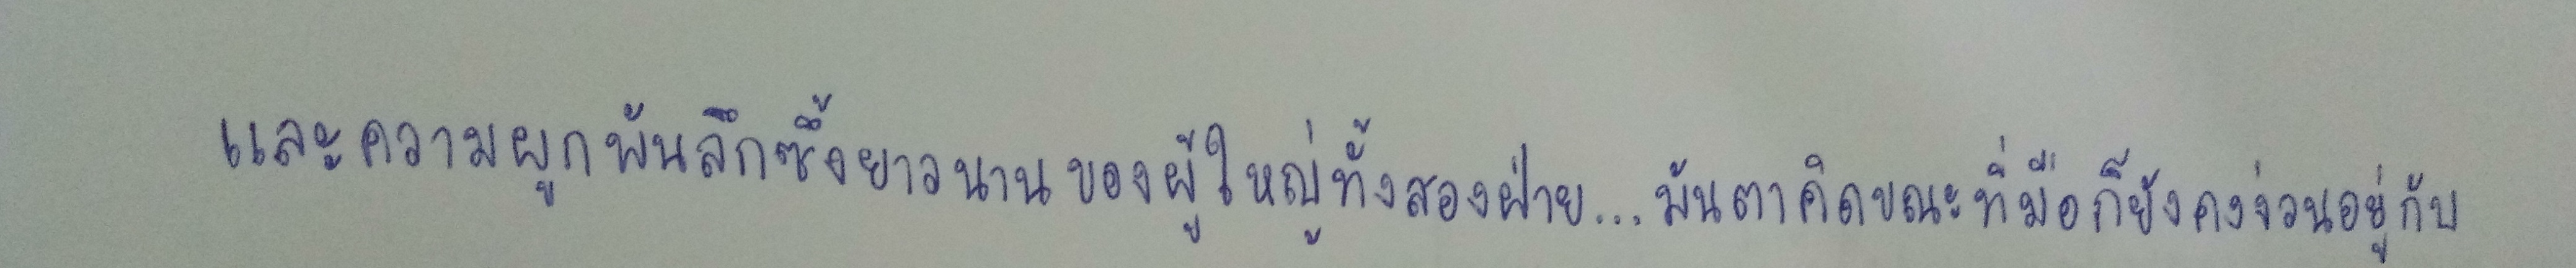
และความผูกพันลึกซึ้งยาวนานของผู้ใหญ่ทั้งสองฝ่าย...มันตาคิดขณะที่มือก็ยังคงง่วนอยู่กับ